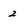
Character: 2